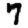
Digit: 7